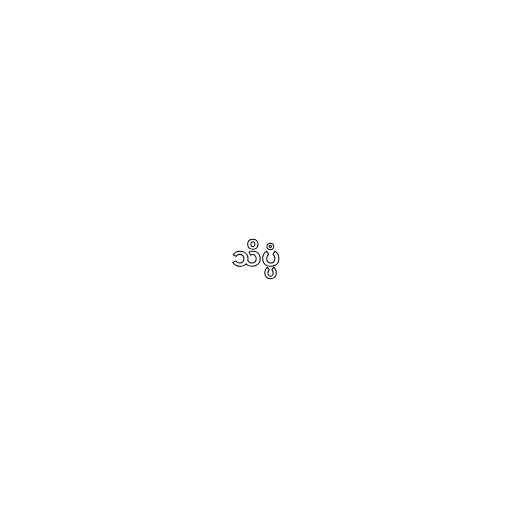
သိပ္ပံ